Plague in India, 1896, 1897 - Volume 2
Year: 1896
Disease focus: Plague
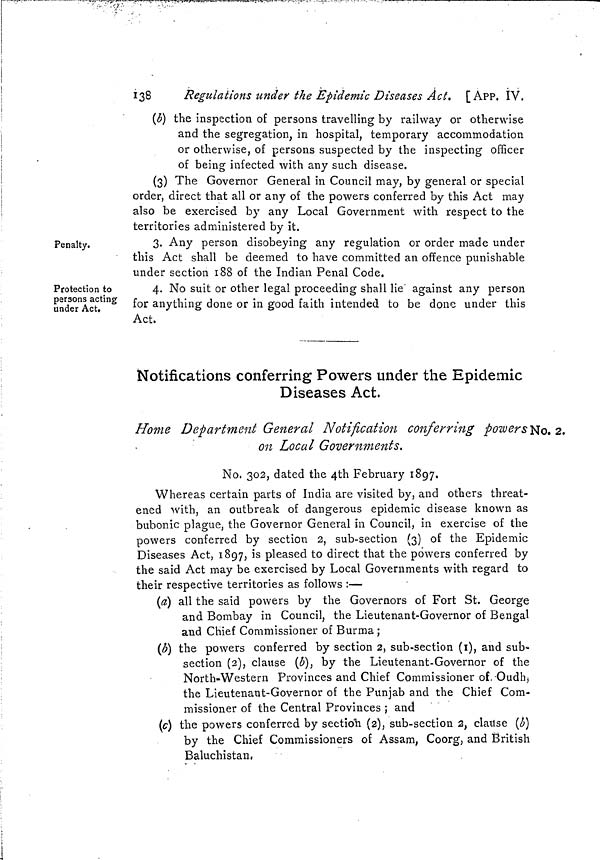
138
Regulations tinder the Epidemic Diseases Act, [ APP. IV.
(b) the inspection of persons travelling by railway or otherwise
and the segregation, in hospital, temporary accommodation
or otherwise, of persons suspected by the inspecting officer
of being infected with any such disease.
(3) The Governor General in Council may, by general or special
order, direct that all or any of the powers conferred by this Act may
also be exercised by any Local Government with respect to the
territories administered by it.
Penalty.
3. Any person disobeying any regulation or order made under
this Act shall be deemed to have committed an offence punishable
under section 188 of the Indian Penal Code.
Protection to
persons acting
under Act,
4. No suit or other legal proceeding shall lie" against any person
for anything done or in good faith intended to be done under this
Act.
Notifications conferring Powers under the Epidemic
Diseases Act.
Home Department General Notification conferring powers No. 2.
on Local Governments.
No. 302, dated the 4th February 1897.
Whereas certain parts of India are visited by, and others threat-
ened with, an outbreak of dangerous epidemic disease known as
bubonic plague, the Governor General in Council, in exercise of the
powers conferred by section 2, sub-section (3) of the Epidemic
Diseases Act, 1897, is pleased to direct that the powers conferred by
the said Act may be exercised by Local Governments with regard to
their respective territories as follows :—
(a) all the said powers by the Governors of Fort St. George
and Bombay in Council, the Lieutenant-Governor of Bengal
and Chief Commissioner of Burma ;
(¿) the powers conferred by section 2, sub-section (i), and sub-
section (2), clause (b), by the Lieutenant-Governor of the
North-Western Provinces and Chief Commissioner of, Oudh,
the Lieutenant-Governor of the Punjab and the Chief Com-
missioner of the Central Provinces ; and
(c) the powers conferred by sectio'h (2), sub-section 2, clause (b)
by the Chief Commissioners of Assam, Coorg, and British
Baluchistan.